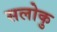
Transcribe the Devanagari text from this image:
सलोकु